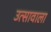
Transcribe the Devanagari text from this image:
उत्सावाला